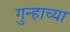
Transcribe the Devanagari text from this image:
गुन्हाच्या